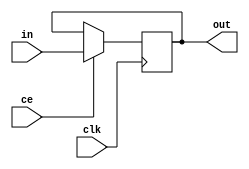
module delay #
(	
	parameter N = 8,
	parameter DELAY = 0
)
(
	input [N - 1:0] 	in,
	input					ce,
	input					clk,
	output [N - 1:0] 	out
);

reg [N-1:0] chain[0:DELAY];
integer i;

always @(posedge clk)
begin
	if(ce) begin
		for(i = DELAY; i > 0; i = i - 1)
		begin: register
			chain[i] <= chain[i - 1];
		end
		chain[0] <= in;
	end
end

assign out = chain[DELAY];

endmodule